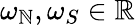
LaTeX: \omega_{\mathbb{N}},\omega_{S}\in\mathbb{{R}}